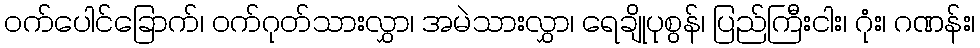
ဝက်ပေါင်ခြောက်၊ ဝက်ဂုတ်သားလွှာ၊ အမဲသားလွှာ၊ ရေချိုပုစွန်၊ ပြည်ကြီးငါး၊ ဂုံး၊ ဂဏန်း၊